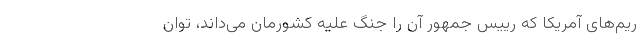
ریم‌های آمریکا که رییس جمهور آن را جنگ علیه کشورمان می‌داند، توان